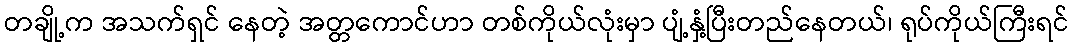
တချို့က အသက်ရှင် နေတဲ့ အတ္တကောင်ဟာ တစ်ကိုယ်လုံးမှာ ပျံ့နှံ့ပြီးတည်နေတယ်၊ ရုပ်ကိုယ်ကြီးရင်